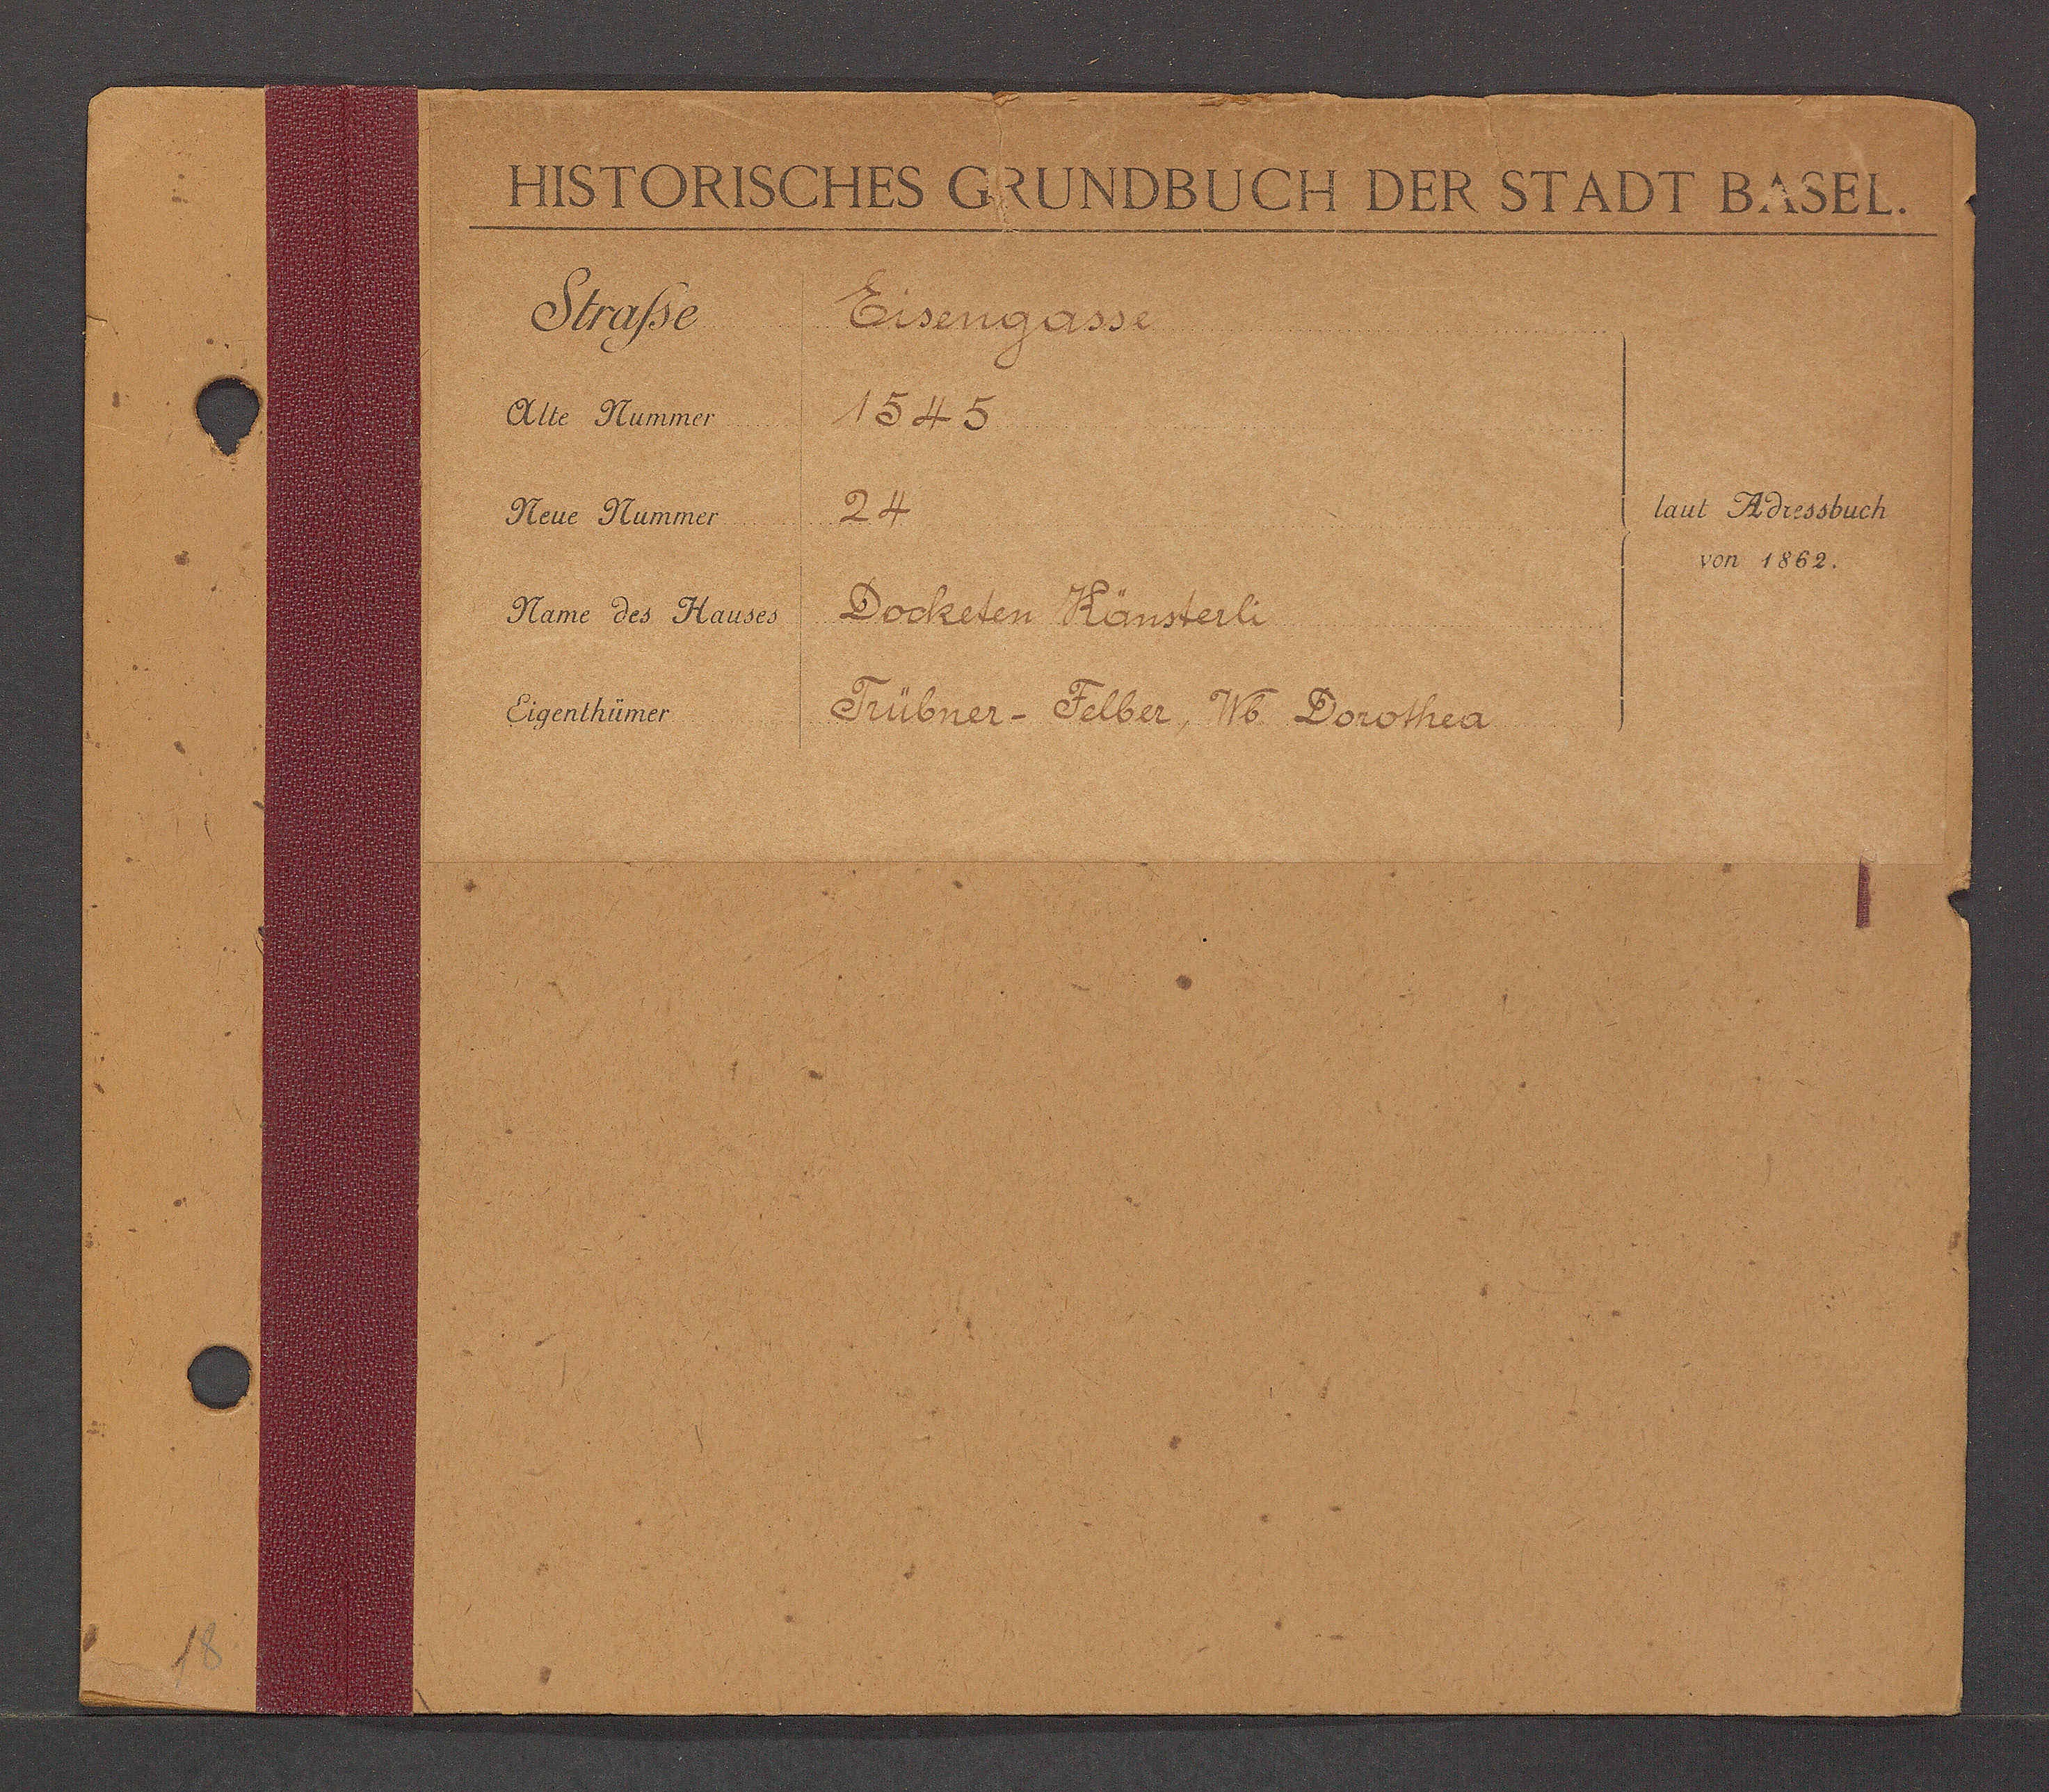
Transcript:
Eisengasse

1545

24

Docketen Känsterli

Trübner-Felber, Wb Dorothea